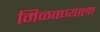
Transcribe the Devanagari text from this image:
मिळवण्याला